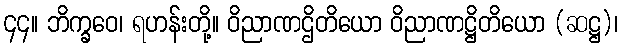
၄၄။ ဘိက္ခဝေ၊ ရဟန်းတို့။ ဝိညာဏဌိတိယော ဝိညာဏဋ္ဌိတိယော (ဆဋ္ဌ)၊